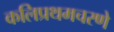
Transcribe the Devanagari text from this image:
कलिप्रथमचरणे